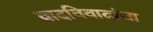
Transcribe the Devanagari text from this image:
वादविवादांचा